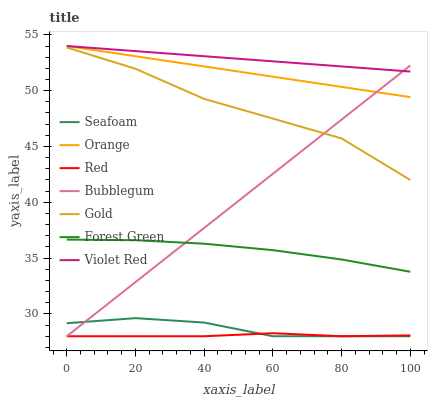
| xaxis_label | Seafoam | Orange | Red | Bubblegum | Gold | Forest Green | Violet Red |
 | --- | --- | --- | --- | --- | --- | --- | --- |
 | 0 | 29.2 | 54 | 28 | 28 | 53.9 | 36.7 | 54 |
 | 20 | 29.6 | 53.1 | 28 | 32.9 | 52 | 36.6 | 53.5 |
 | 40 | 29.2 | 52.2 | 28 | 37.7 | 49.3 | 36.3 | 53.1 |
 | 60 | 28 | 51.3 | 28.3 | 42.6 | 47.5 | 35.7 | 52.6 |
 | 80 | 28 | 50.3 | 28 | 47.4 | 45.7 | 34.9 | 52.2 |
 | 100 | 28 | 49.4 | 28.1 | 52.3 | 42 | 33.8 | 51.7 |